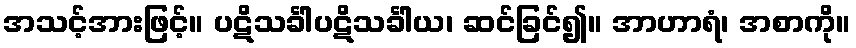
အသင့်အားဖြင့်။ ပဋိသင်္ခါပဋိသင်္ခါယ၊ ဆင်ခြင်၍။ အာဟာရံ၊ အစာကို။